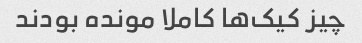
چیز کیک‌ها کاملا مونده بودند